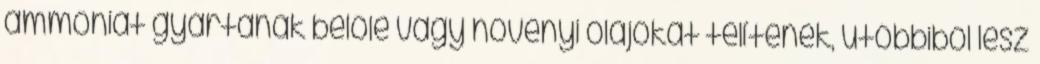
ammóniát gyártanak belőle vagy növényi olajokat telítenek, utóbbiból lesz